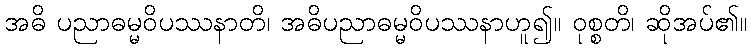
အဓိ ပညာဓမ္မဝိပဿနာတိ၊ အဓိပညာဓမ္မဝိပဿနာဟူ၍။ ဝုစ္စတိ၊ ဆိုအပ်၏။